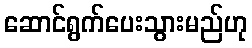
ဆောင်ရွက်ပေးသွားမည်ဟု